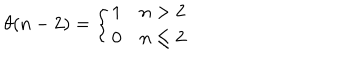
\theta ( n - 2 ) = \left\{ \begin{array} { l l } { { 1 } } & { { n > 2 } } \\ { { 0 } } & { { n \leq 2 } } \\ \end{array} \right.